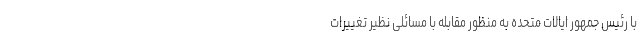
با رئیس جمهور ایالات متحده به منظور مقابله با مسائلی نظیر تغییرات